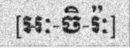
[អៈ-ចិ-រ៉ៈ]